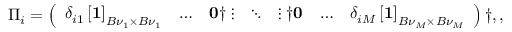
\begin{array} { r } { \Pi _ { i } = \left( \begin{array} { l l l l l l l } { \delta _ { i 1 } \left[ \mathbf { 1 } \right] _ { B { \nu } _ { 1 } \times B { \nu } _ { 1 } } } & { \dots } & { \mathbf { 0 } \dag \vdots } & { \ddots } & { \vdots \dag \mathbf { 0 } } & { \dots } & { \delta _ { i M } \left[ \mathbf { 1 } \right] _ { B { \nu } _ { M } \times B { \nu } _ { M } } } \end{array} \right) \dag , , } \end{array}